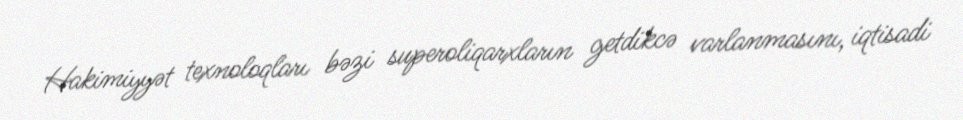
Hakimiyyət texnoloqları bəzi superoliqarxların getdikcə varlanmasını, iqtisadi